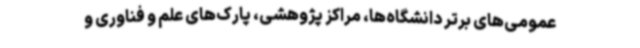
عمومی‌های برتر دانشگاه‌ها، مراکز پژوهشی، پارک‌های علم و فناوری و